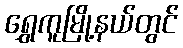
ရွှေကူမြို့နယ်တွင်